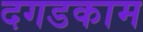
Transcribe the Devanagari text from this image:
दगडकाम